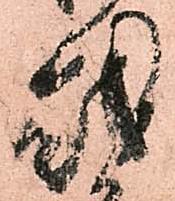
越